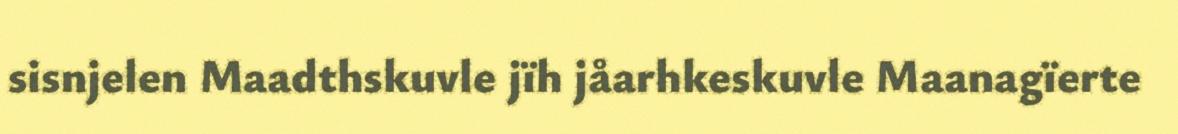
sisnjelen Maadthskuvle jïh jåarhkeskuvle Maanagïerte